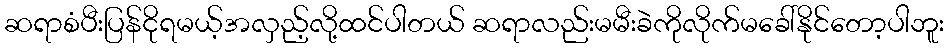
ဆရာစံပီးပြန်ငိုရမယ့်အလှည့်လို့ထင်ပါတယ် ဆရာလည်းမမီးခဲကိုလိုက်မခေါ်နိုင်တော့ပါဘူး